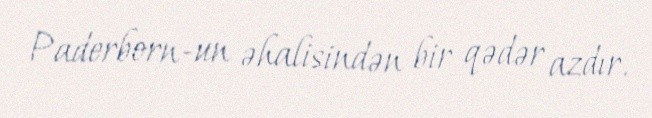
Paderborn-un əhalisindən bir qədər azdır.